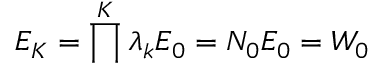
E _ { K } = \prod ^ { K } \lambda _ { k } E _ { 0 } = N _ { 0 } E _ { 0 } = W _ { 0 }